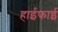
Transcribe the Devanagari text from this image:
हाईफाई